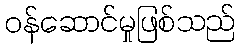
ဝန်ဆောင်မှုဖြစ်သည်